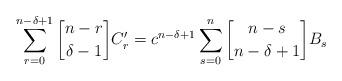
LaTeX: \begin{align*}\sum_{r=0}^{n-\delta+1}{n-r\brack \delta-1}C'_r=c^{n-\delta+1}\sum_{s=0}^n{n-s\brack n-\delta+1}B_s\end{align*}